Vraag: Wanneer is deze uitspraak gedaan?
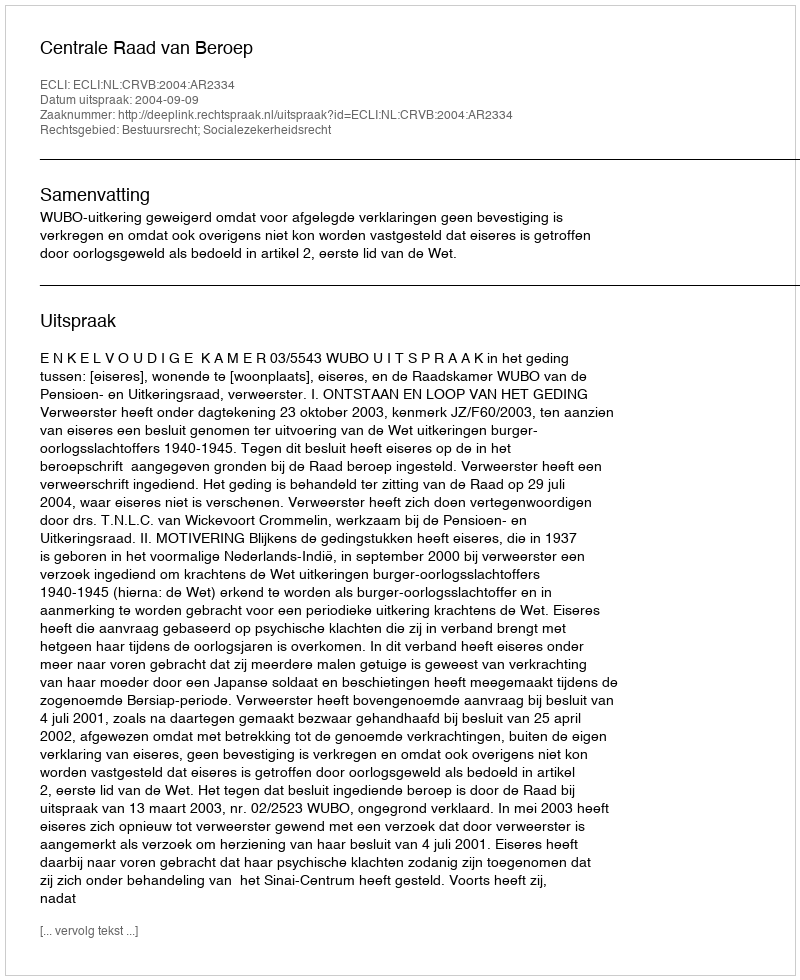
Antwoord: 2004-09-09